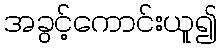
အခွင့်ကောင်းယူ၍